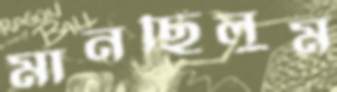
মানছিলুম